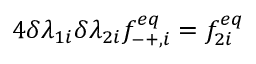
4 \delta \lambda _ { 1 i } \delta \lambda _ { 2 i } f _ { - + , i } ^ { e q } = f _ { 2 i } ^ { e q }